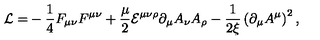
{ \cal L = } - \frac 1 4 F _ { \mu \nu } F ^ { \mu \nu } + \frac \mu 2 { \cal E } ^ { \mu \nu \rho } \partial _ { \mu } A _ { \nu } A _ { \rho } - \frac 1 { 2 \xi } \left( \partial _ { \mu } A ^ { \mu } \right) ^ { 2 } ,